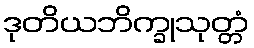
ဒုတိယဘိက္ခုသုတ္တံ